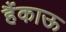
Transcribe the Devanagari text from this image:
हैंकाऊ